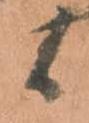
候